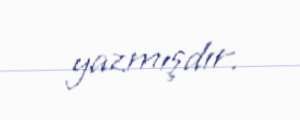
yazmışdır.